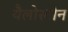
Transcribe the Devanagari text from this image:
यैलोस्टोन